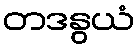
တဒနွယံ